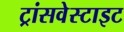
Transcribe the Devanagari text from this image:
ट्रांसवेस्टाइट